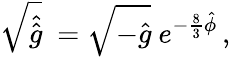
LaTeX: \sqrt{\hat{\hat{g}}}\ =\sqrt{-\hat{g}}\ e^{-\frac{8}{3}\hat{\phi}}\, ,